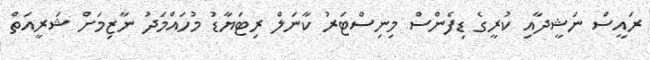
ރައީސް ނަޝީދާއި ކުރީގެ ޑިފެންސް މިނިސްޓަރު ކާނަލް ރިޓަޔާޑު މުހައްމަދު ނާޒިމަށް ޝަރީއަތް